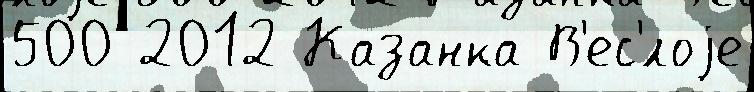
500 2012 Казанка В'ес'́лоjе